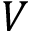
V